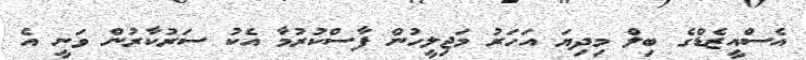
އެސްއީޒެޑްގެ ބިލް މިދިޔަ އަހަރު މަޖިލީހުން ފާސްކުރުމާ އެކު ސަރުކާރުން ވަނީ އެ